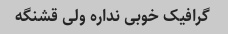
گرافیک خوبی نداره ولی قشنگه